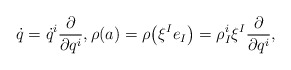
\begin{gather*} \dot{q} = \dot{q} ^i \frac{ \partial }{ \partial q ^i }, \rho(a) = \rho \big(\xi ^I e _I \big) = \rho ^i _I \xi ^I \frac{ \partial }{ \partial q ^i }, \end{gather*}